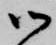
御